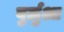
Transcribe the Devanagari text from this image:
बुर्ज़ुआ